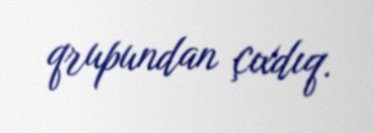
qrupundan çıxdıq.